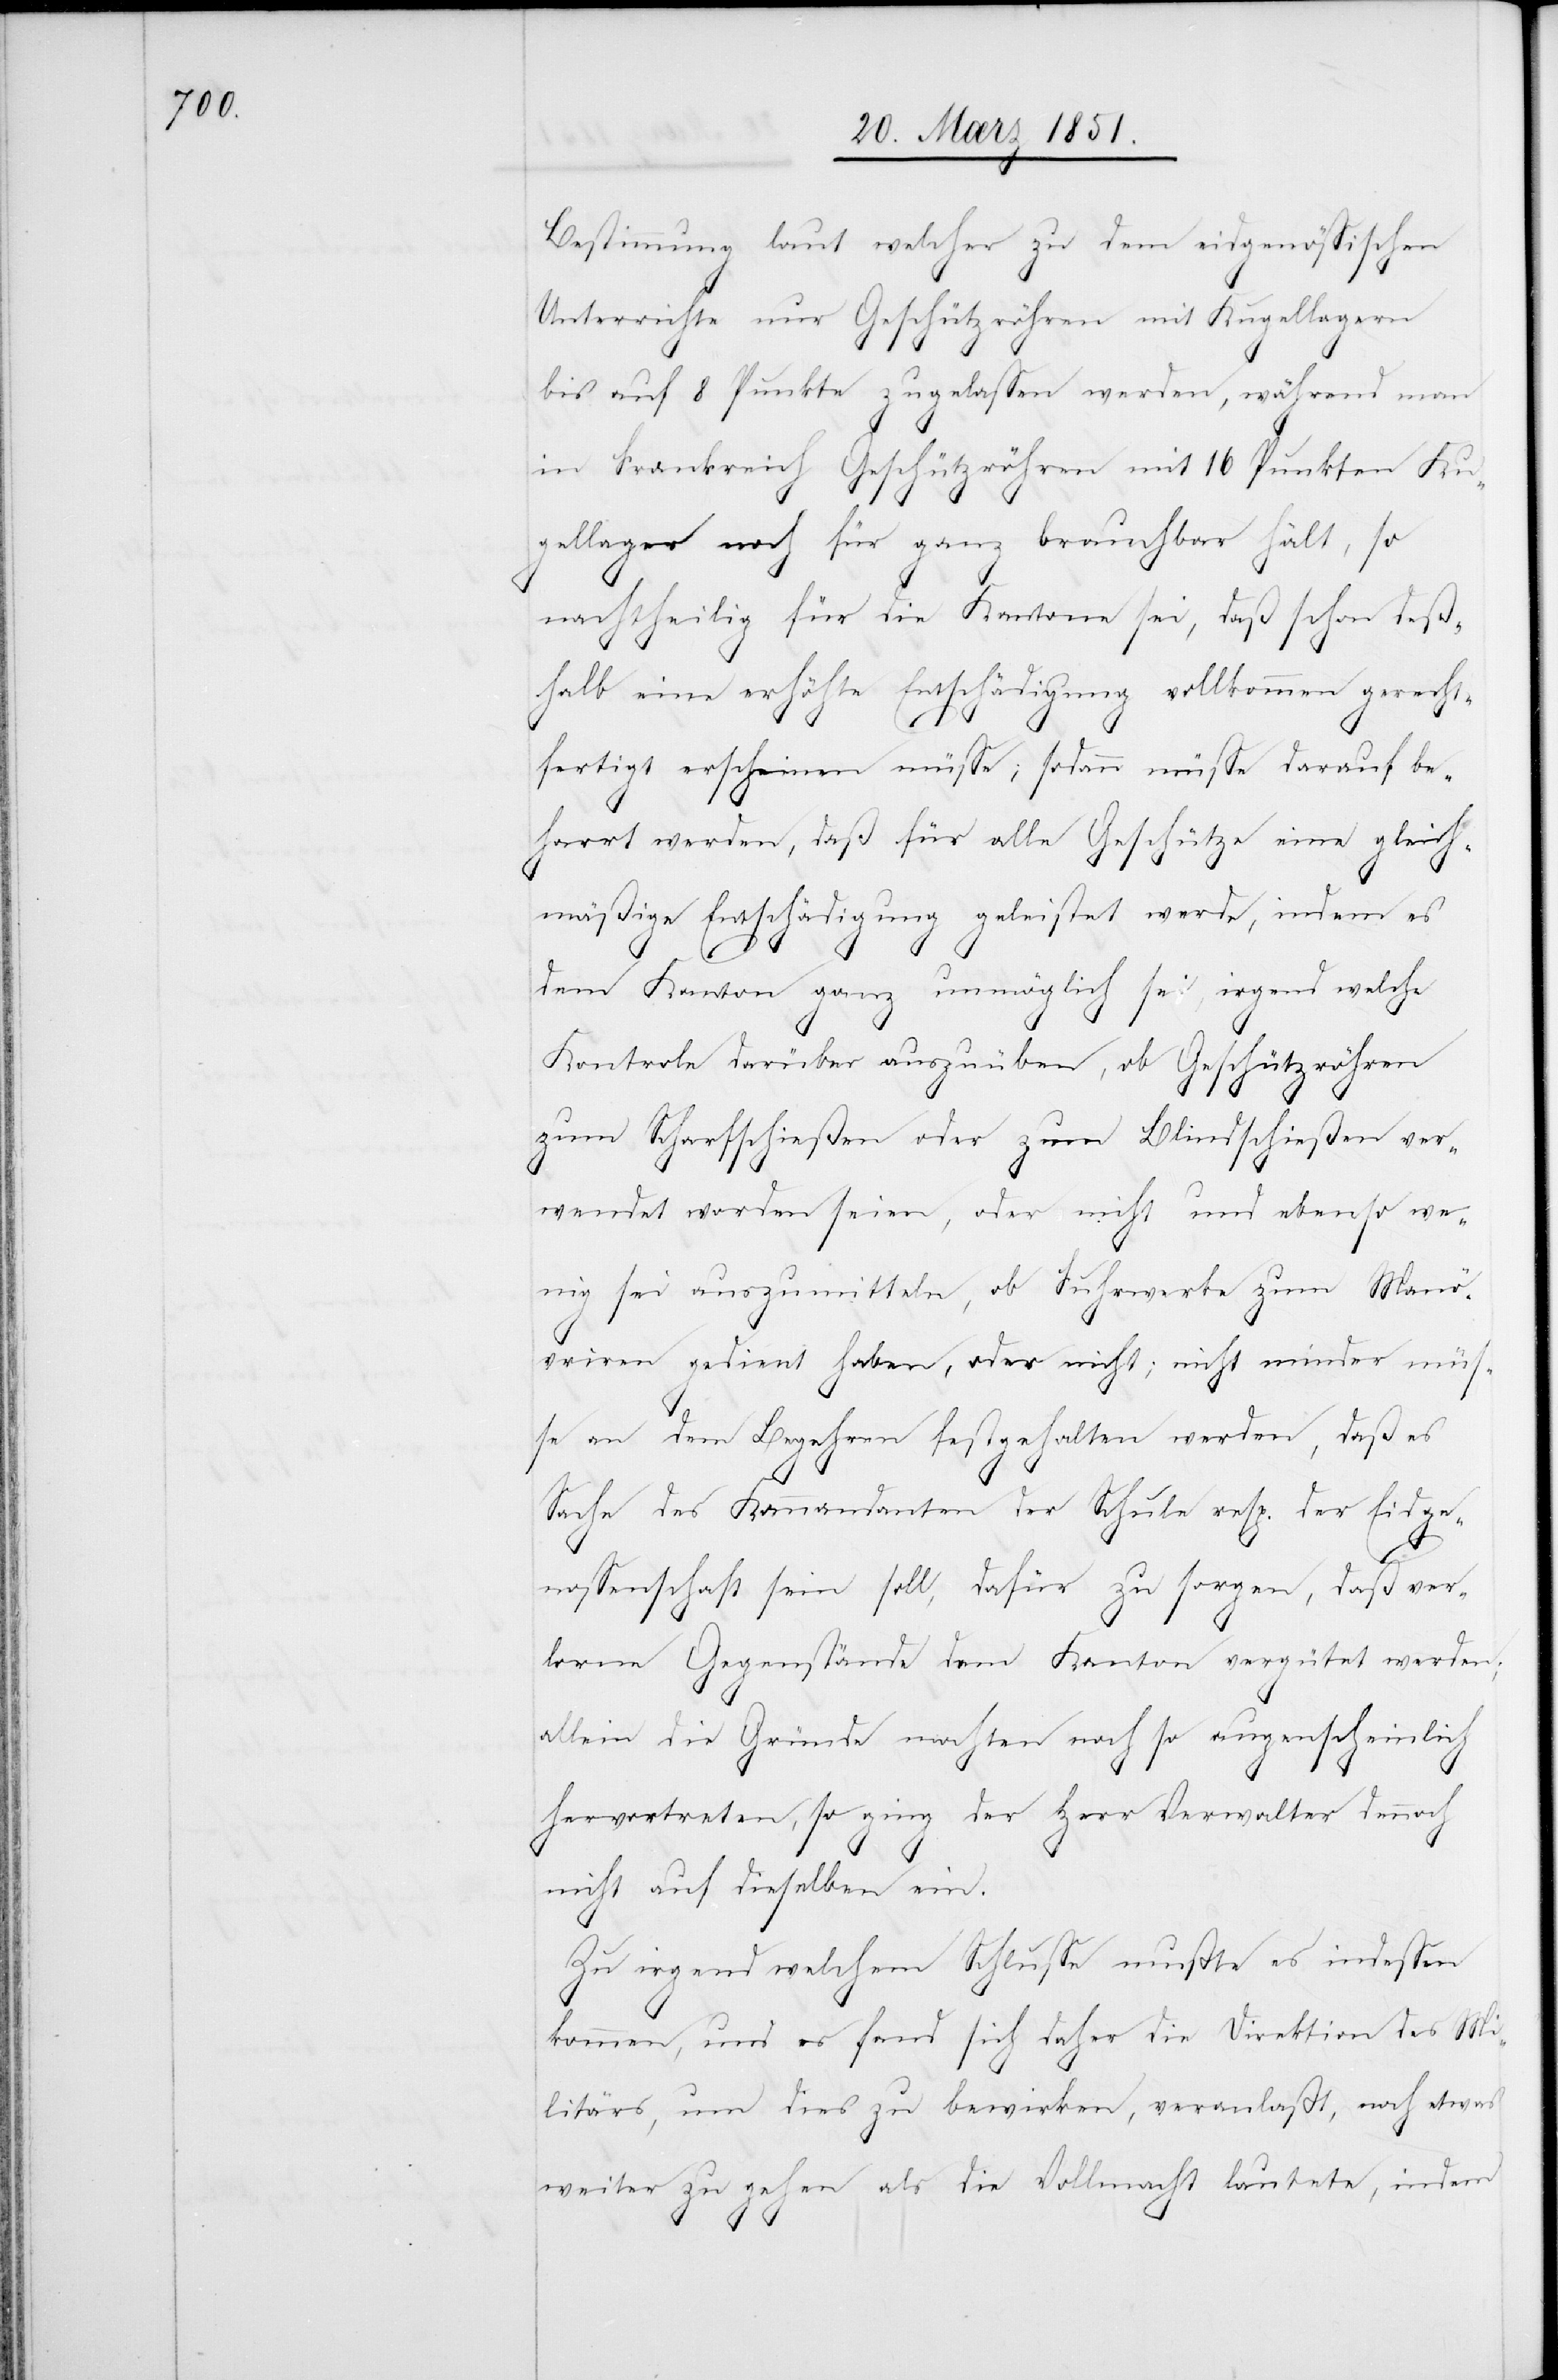
Bestimmung laut welcher zu dem eidgenössischen
Unterrichte nur Geschützröhren mit Kugellagern
bis auf 8 Punkte zugelassen werden, während man
in Frankreich Geschützröhren mit 16 Punkten Ku¬
gellager noch für ganz brauchbar hält, so
nachtheilig für die Kantone sei, daß schon deß¬
halb eine erhöhte Entschädigung vollkommen gerecht¬
fertigt erscheinen müsse; sodann müsse darauf be¬
harrt werden, daß für alle Geschütze eine gleich¬
mäßige Entschädigung geleistet werde, indem es
dem Kanton ganz unmöglich sei, irgend welche
Kontrole darüber auszuüben, ob Geschützröhren
zum Scharfschießen oder zum Blindschießen ver¬
wendet worden seien, oder nicht und ebenso we¬
nig sei auszumitteln, ob Fuhrwerke zum Manö¬
vriren gedient haben, oder nicht; nicht minder müs¬
se an dem Begehren festgehalten werden, daß es
Sache des Kommandanten der Schule resp. der Eidge¬
nossenschaft sein soll, dafür zu sorgen, daß ver¬
lorne Gegenstände dem Kanton vergütet werden;
allein die Gründe mochten noch so augenscheinlich
hervortreten, so ging der Herr Verwalter dennoch
nicht auf dieselben ein.
Zu irgend welchem Schlusse mußte es indessen
kommen, und es fand sich daher die Direktion des Mi¬
litärs, um dies zu bewirken, veranlaßt, noch etwas
weiter zu gehen als die Vollmacht lautete, indem